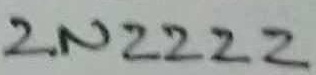
Text: 2N2222